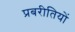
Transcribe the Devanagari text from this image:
प्रबरीतियों